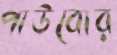
পাউবোর